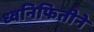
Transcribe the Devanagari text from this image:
ध्वनिफितीने